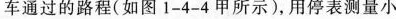
车通过的路程(如图1-4-4甲所示)，用停表测量小